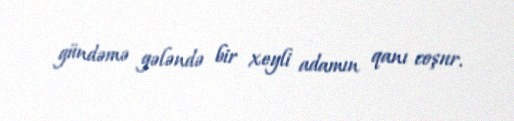
gündəmə gələndə bir xeyli adamın qanı coşur.